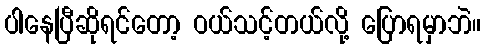
ပါနေပြီဆိုရင်တော့ ဝယ်သင့်တယ်လို့ ပြောရမှာဘဲ။